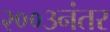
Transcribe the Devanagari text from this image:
२००३नंतर